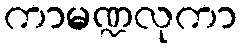
ကာမဏ္ဍလုကာ